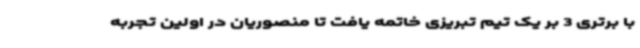
با برتری 3 بر یک تیم تبریزی خاتمه یافت تا منصوریان در اولین تجربه